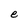
Character: e